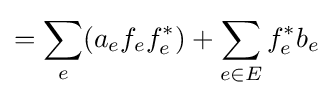
=\sum _{e}(a_{e}f_{e}f_{e}^{*})+\sum _{e\in E}f_{e}^{*}b_{e}